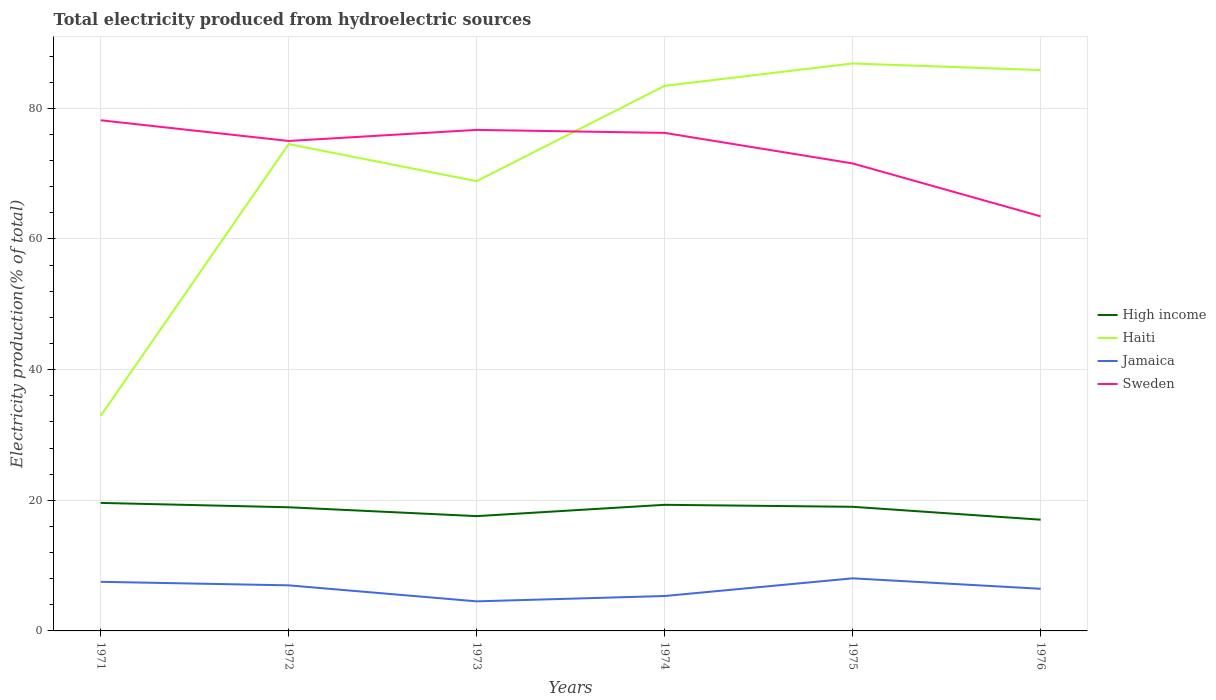
| Years | High income | Haiti | Jamaica | Sweden |
 | --- | --- | --- | --- | --- |
 | 1971 | 19.6 | 32.9 | 7.52 | 78.2 |
 | 1972 | 18.9 | 74.5 | 6.98 | 75 |
 | 1973 | 17.6 | 68.9 | 4.53 | 76.7 |
 | 1974 | 19.3 | 83.4 | 5.34 | 76.2 |
 | 1975 | 19 | 86.9 | 8.05 | 71.6 |
 | 1976 | 17 | 85.9 | 6.45 | 63.5 |